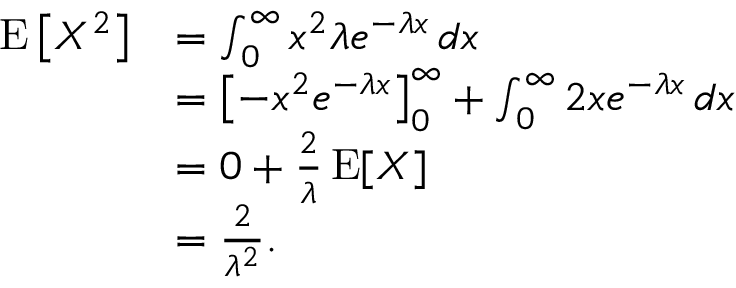
{ \begin{array} { r l } { \operatorname { E } \left[ X ^ { 2 } \right] } & { = \int _ { 0 } ^ { \infty } x ^ { 2 } \lambda e ^ { - \lambda x } \, d x } \\ & { = \left[ - x ^ { 2 } e ^ { - \lambda x } \right] _ { 0 } ^ { \infty } + \int _ { 0 } ^ { \infty } 2 x e ^ { - \lambda x } \, d x } \\ & { = 0 + { \frac { 2 } { \lambda } } \operatorname { E } [ X ] } \\ & { = { \frac { 2 } { \lambda ^ { 2 } } } . } \end{array} }